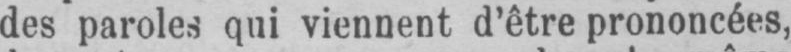
des paroles qui viennent d’être prononcées,